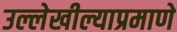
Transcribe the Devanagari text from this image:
उल्लेखील्याप्रमाणे